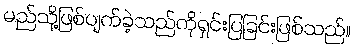
မည်သို့ဖြစ်ပျက်ခဲ့သည်ကိုရှင်းပြခြင်းဖြစ်သည်။